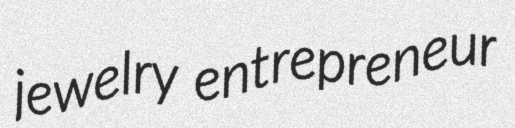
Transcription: jewelry entrepreneur